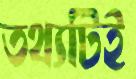
তথ্যটিই